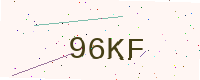
Text: 96KF